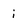
Character: i